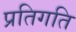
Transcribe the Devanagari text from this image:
प्रतिगति